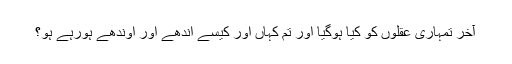
آخر تمہاری عقلوں کو کیا ہوگیا اور تم کہاں اور کیسے اندھے اور اوندھے ہورہے ہو؟